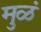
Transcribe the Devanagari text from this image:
मुळं